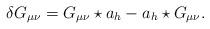
LaTeX: \begin{align*}\delta G_{\mu \nu }=G_{\mu \nu }\star a_{h}-a_{h}\star G_{\mu \nu }.\end{align*}